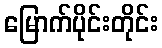
မြောက်ပိုင်းတိုင်း